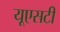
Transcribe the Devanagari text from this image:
यूएसटी